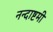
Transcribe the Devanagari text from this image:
नन्दाष्टमी